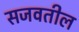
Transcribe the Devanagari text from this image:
सजवतील